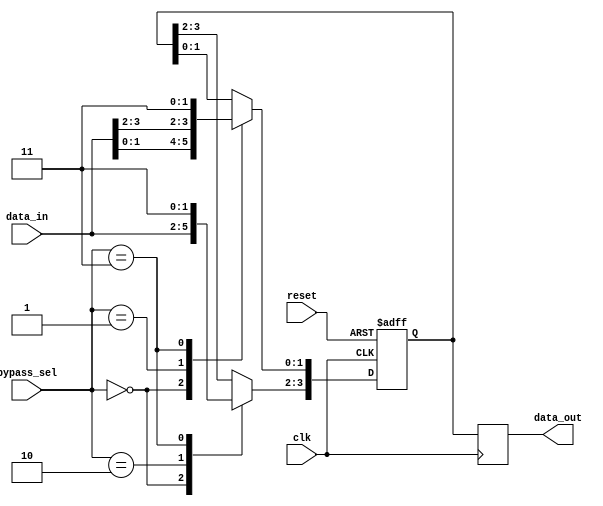
module four_way_bypass_register (
    input clk, // clock signal
    input reset, // reset signal
    input [3:0] data_in, // input data from 4 sources
    input [1:0] bypass_sel, // control signal to bypass certain inputs
    output reg [3:0] data_out // output data after bypassing
);

reg [3:0] data_reg; // internal storage for input data

always @(posedge clk or posedge reset) begin
    if (reset) begin
        data_reg <= 4'b0000; // reset data register
    end else begin
        case(bypass_sel)
            2'b00: data_reg <= data_in; // no bypass
            2'b01: data_reg[0:1] <= data_in[2:3]; // bypass input 0 and 1
            2'b10: data_reg[2:3] <= data_in[0:1]; // bypass input 2 and 3
            2'b11: data_reg <= 4'b1111; // bypass all inputs
        endcase
    end
end

always @(posedge clk) begin
    data_out <= data_reg; // output synchronized data
end

endmodule